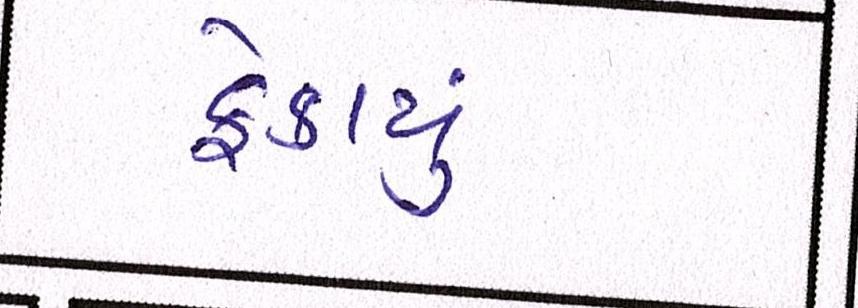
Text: ફેકાયું